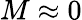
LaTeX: M\approx 0